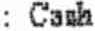
: CASH